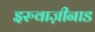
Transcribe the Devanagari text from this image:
इरुवाज़ीनाड